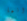
انما